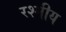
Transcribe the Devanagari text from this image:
रश्मीय